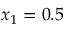
x _ { 1 } = 0 . 5